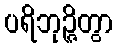
ပရိဘုဉ္ဇိတွာ